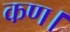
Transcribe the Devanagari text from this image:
कण।